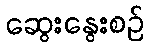
ဆွေးနွေးစဉ်